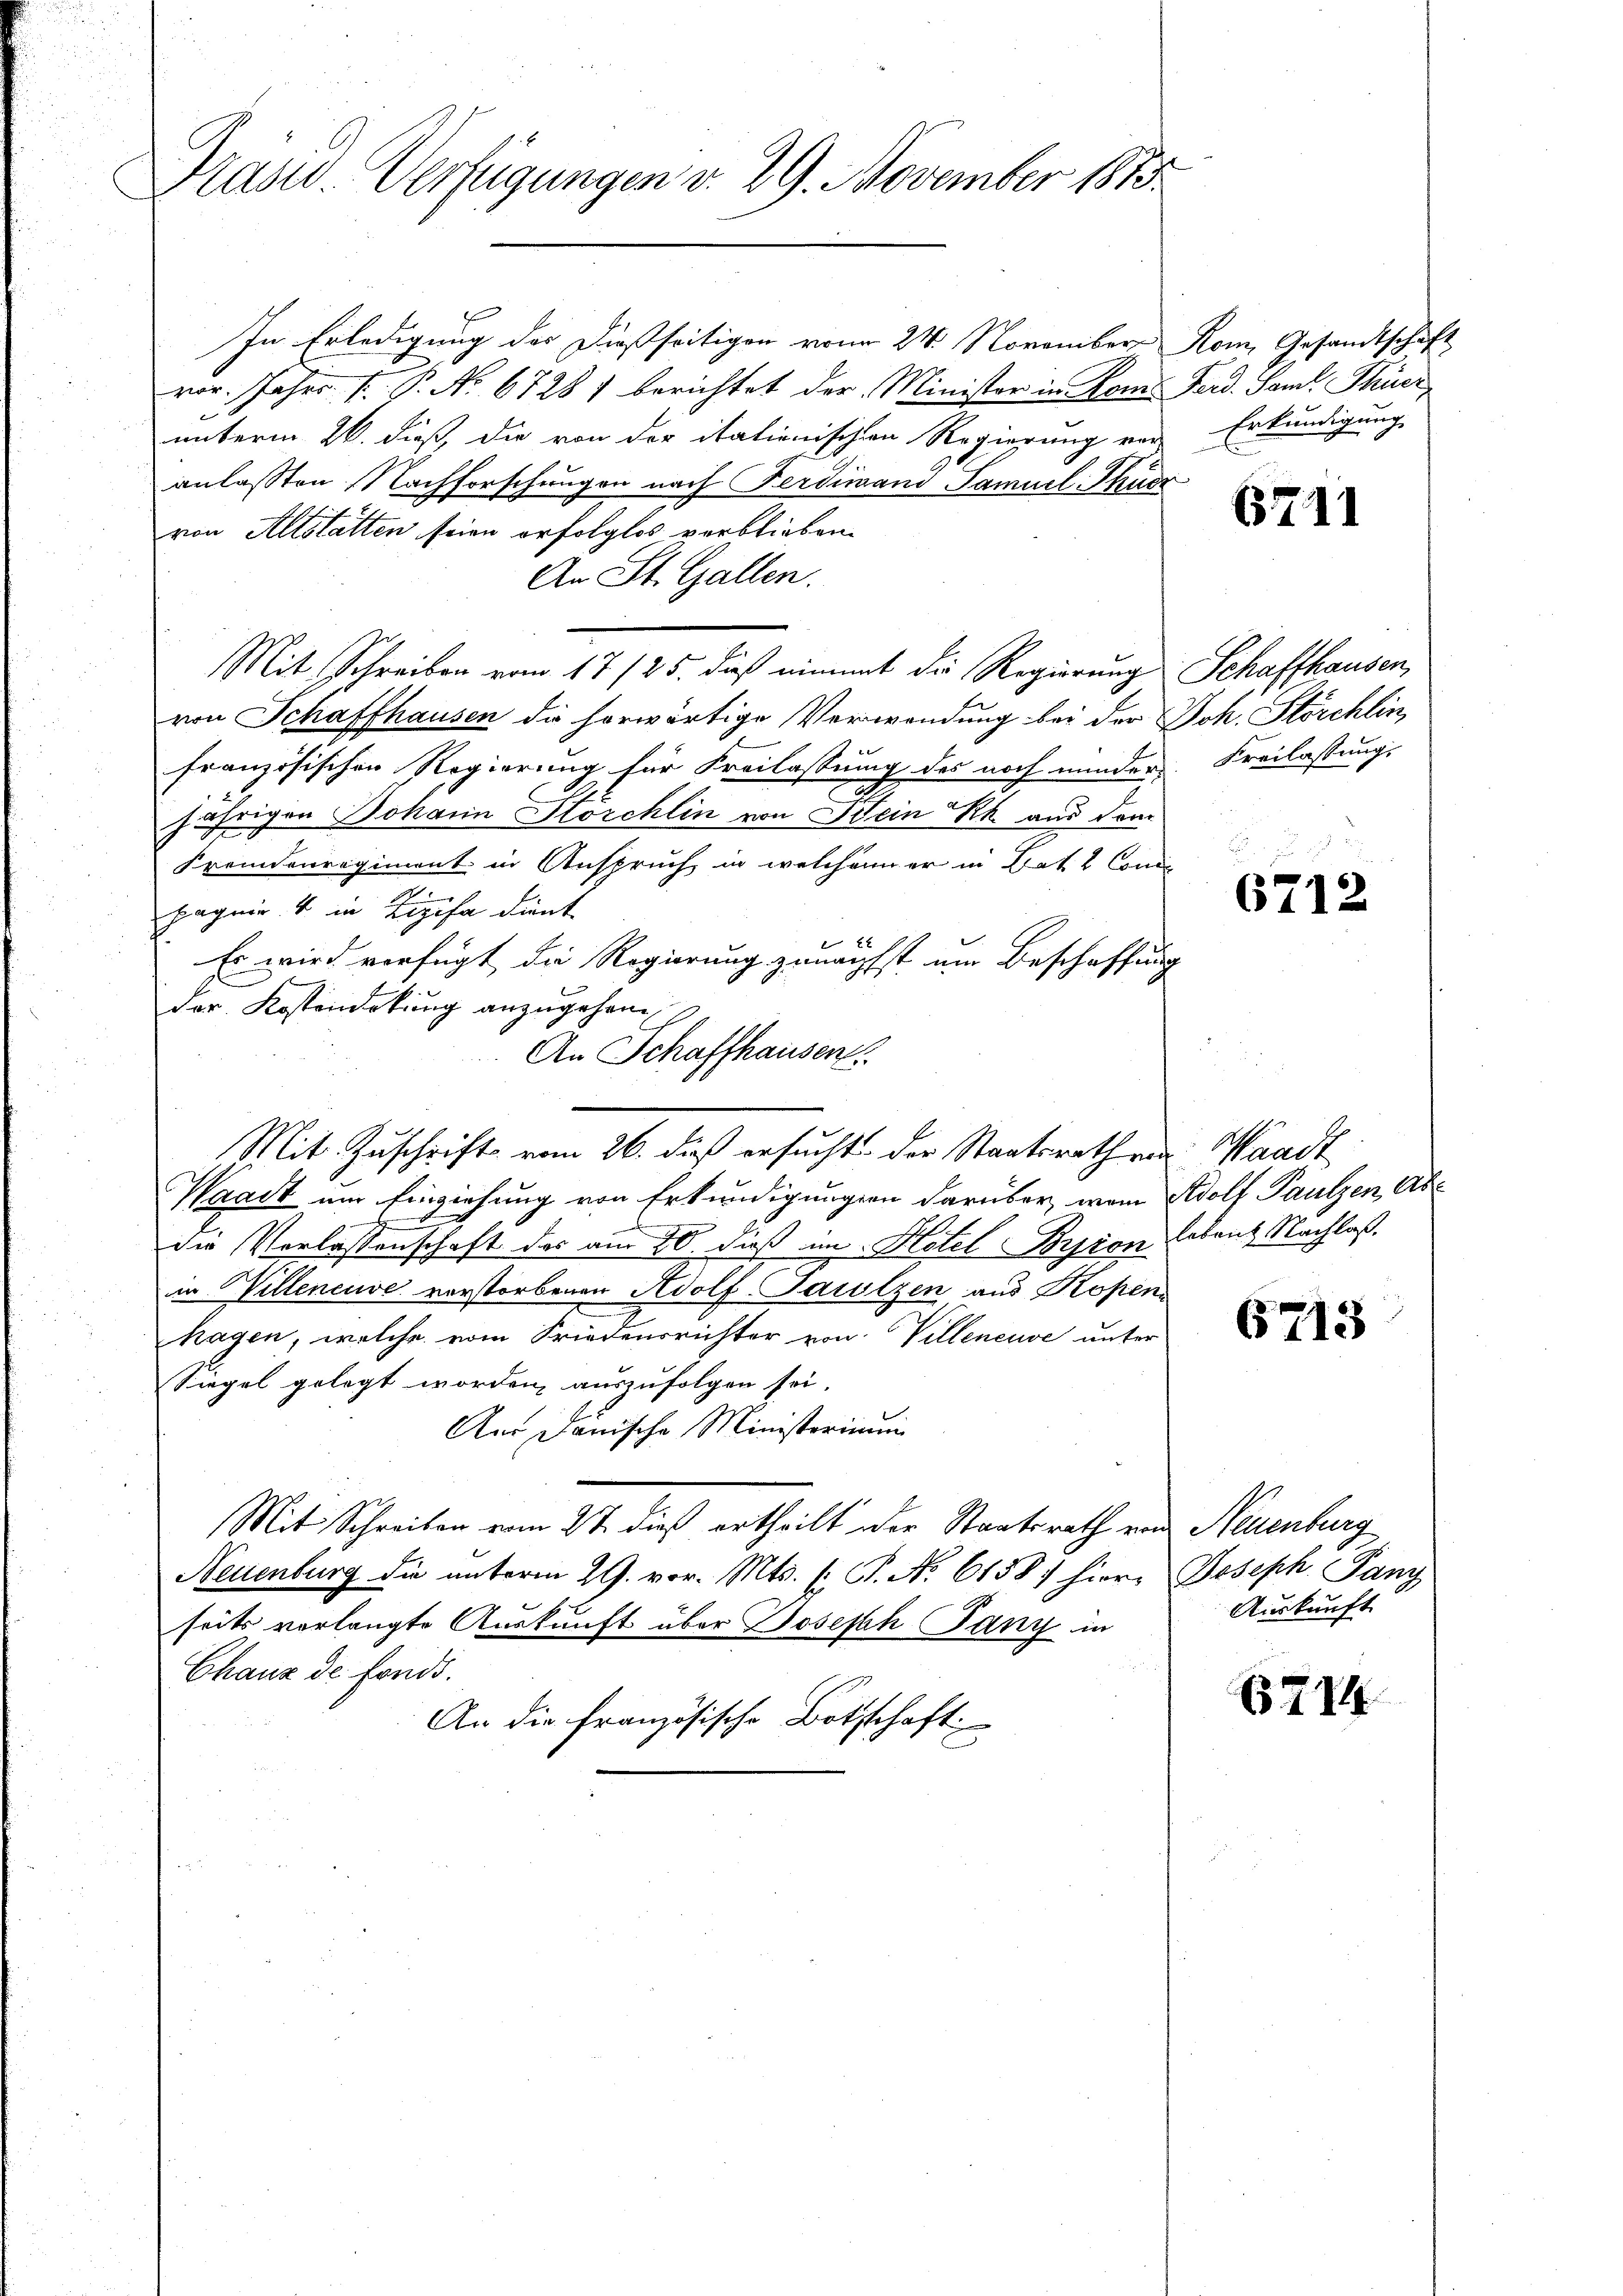
Präsid. Verfügungen v. 29. November 1815.

In Erledigung der dießseitigen vom 24. November
vor. Jahrs P. P. No. 6728) berichtet der Minister in Rom Ferd. Sant. Thier
unterm 26. dieß, die von der itationischen Regierung vor
anlassen Nachforschungen nach Ferdinand Samuel-Thur
von Altstatten seien erfolglos verblieben.
An St. Gallen.
Mit Schreiben vom 17/25. dieß nimmt die Regierung
von Schaffhausen die horwärtige Verwendung bei der Joh. Störchlin
französischen Regierung für Freilassung des noch minder Freilassung,
A
jährigen Johann Hörchlin von Bein Rh. aus dem
Fremdenregiment in Anspruch, in welchem er in Lat 2 Conci
pagnie & in Lizifa dient
Er wird verfügt die Regierung zunächst um Beschaffung
der Kostendekung anzugehen
An Schaffhausen.
Mit Zuschrift vom 26. dieß ersucht der Staatsrath ein Waadt
Waadt um Einziehung von Erkundigungen darüber, von Adolf Paulzen, Abdie Verlassenschaft des am 20. dieß im Hotel Bryron Erbent Nachlaß
in Willeneuve verstorbenen Adolf-Jarutzen aus Kopen
hagen, welche vom Friedensrichter von Villeneuve unter
Siegel gelegt worden, auszufolgen sei.
An Janische Ministerim
Mit Schreiben vom 2t dieß ertheilt der Staatsrath von Neuenburg
Neuenburg die unterm 29. vor. Mts. (T. No. 6158) hier, Joseph Panz
seits vorlangte Auskunft über Joseph Jany in
Chaux de fonds.
An die französische Bothschaft

Rom. Gesandtschaft
Erkundigung
u

6711

Schaffhausen,

671:

6713

Auskunft

714.